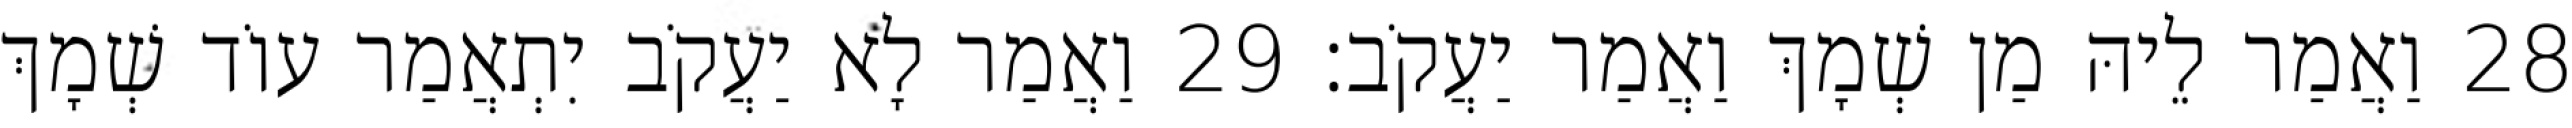
28 וַאֲמַר לֵיהּ מַן שְׁמָךְ וַאֲמַר יַעֲקֹב׃ 29 וַאֲמַר לָא יַעֲקֹב יִתְאֲמַר עוֹד שְׁמָךְ